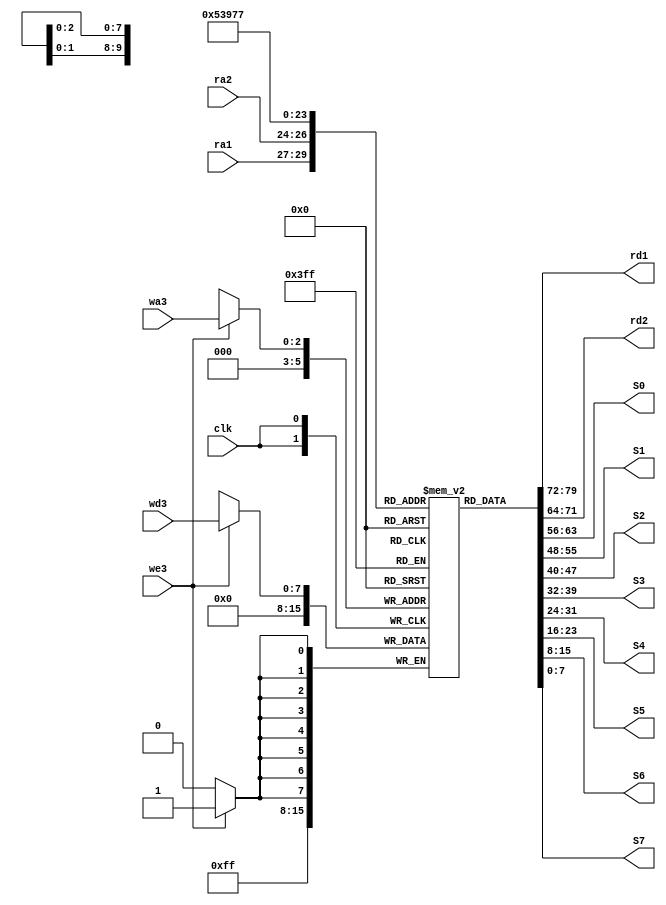
module Registerfile (clk,we3,wa3,ra1,ra2,wd3,rd1,rd2, S0, S1, S2, S3, S4, S5, S6, S7);

input [7:0]wd3;
input [2:0]wa3,ra1,ra2;
input  we3, clk;

output reg[7:0]rd1,rd2;
output reg[7:0]S0, S1, S2, S3, S4, S5, S6, S7;
reg [7:0]registrador[7:0];

always@(posedge clk)
begin
if(we3==1)
registrador[wa3]<=wd3;
registrador[0]<=2'b00000000;

end
always@(*)
begin
rd1 <= registrador[ra1];
rd2 <= registrador[ra2];

S0 <= registrador[0];
S1 <= registrador[1];
S2 <= registrador[2];
S3 <= registrador[3];
S4 <= registrador[4];
S5 <= registrador[5];
S6 <= registrador[6];
S7 <= registrador[7];

end

endmodule